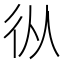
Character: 𢓅